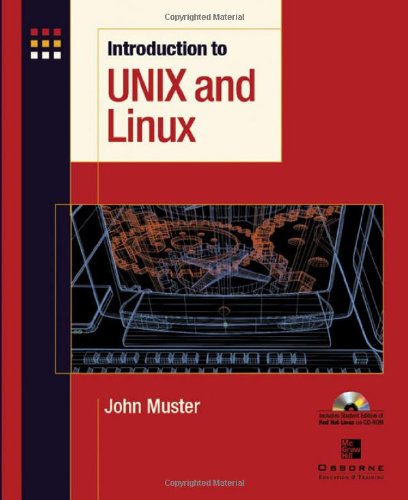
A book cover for Introduction to Unix and Linux; John Muster; Computers & Technology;